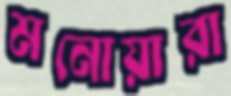
মনোয়ারা